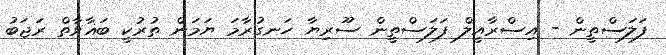
ފަލަސްތީން - އިސްރާއީލް ފަލަސްތީން ސޫރިޔާ ހަނގުރާމަ ޔަމަން ތުރުކީ ބަޣާވާތް ރަޖަބު